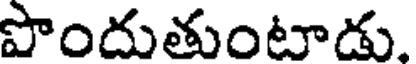
పొందుతుంటాడు.